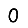
Digit: 0